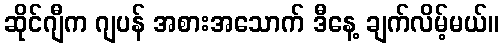
ဆိုင်ဂျီက ဂျပန် အစားအသောက် ဒီနေ့ ချက်လိမ့်မယ်။